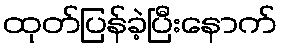
ထုတ်ပြန်ခဲ့ပြီးနောက်